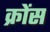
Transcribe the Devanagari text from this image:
क्रोंस